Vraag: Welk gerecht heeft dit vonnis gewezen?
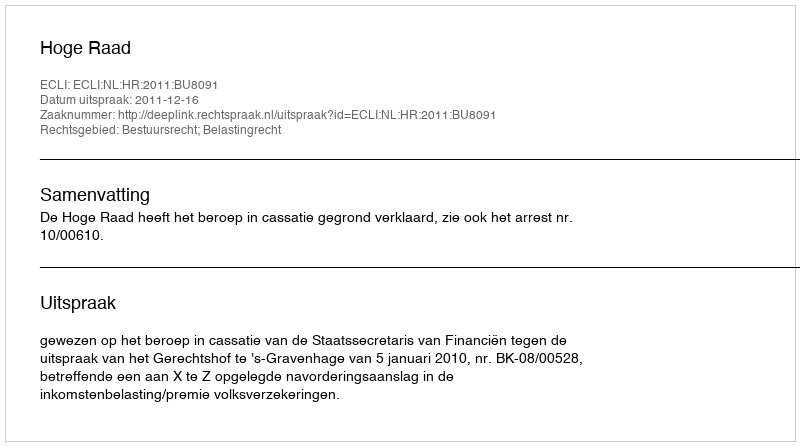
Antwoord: Hoge Raad